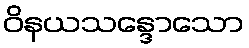
ဝိနယသန္ဒောသော